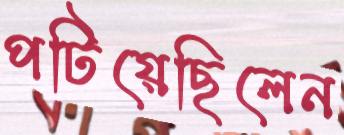
পটিয়েছিলেন